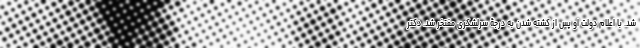
شد. با اعلام دولت او پس از کشته شدن به درجۀ سرلشکری مفتخر شد. دکتر